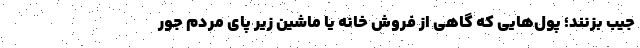
جیب بزنند؛ پول‌هایی که گاهی از فروش خانه یا ماشین زیر پای مردم جور